Code of medical and sanitary regulations for the guidance of medical officers serving in the Madras Presidency - Volume II
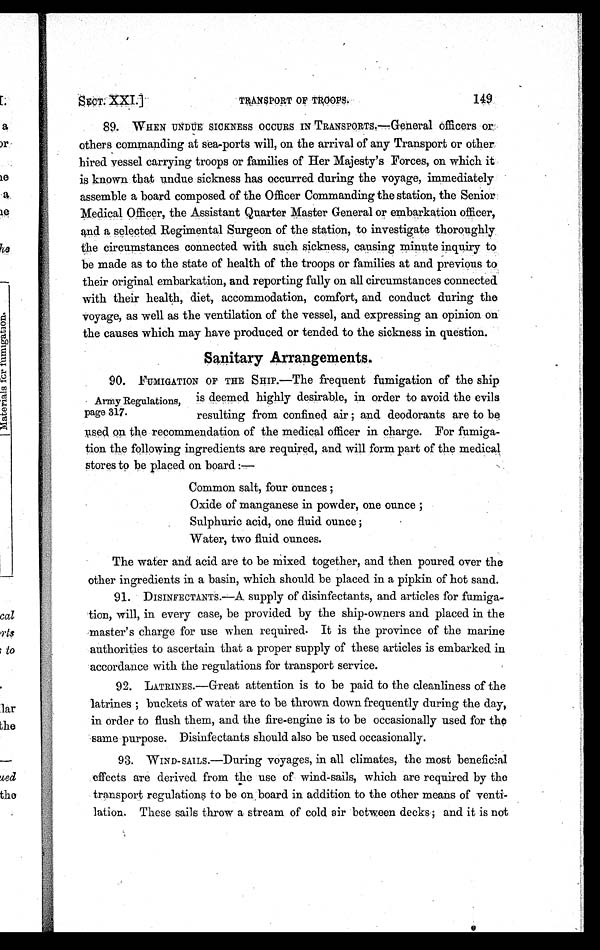
149
T R A N S P O R T O F T R O O P S .
SECT. XXI.]
89. WHEN UNDUE SICKNESS OCCURS IN TRANSPORTS.—General officers or
others commanding at sea-ports will, on the arrival of any Transport or other
hired vessel carrying troops or families of Her Majesty's Forces, on which it
is known that undue sickness has occurred during the voyage, immediately
assemble a board composed of the Officer Commanding the station, the Senior
Medical Officer, the Assistant Quarter Master General or embarkation officer,
and a selected Regimental Surgeon of the station, to investigate thoroughly
the circumstances connected with such sickness, causing minute inquiry to
be made as to the state of health of the troops or families at and previous to
their original embarkation, and reporting fully on all circumstances connected
with their health, diet, accommodation, comfort, and conduct during the
voyage, as well as the ventilation of the vessel, and expressing an opinion on
the causes which may have produced or tended to the sickness in question.
Sanitary Arrangements.
90. FUMIGATION OF THE SHIP.—The frequent fumigation of the ship
is deemed highly desirable, in order to avoid the evils
resulting from confined air; and deodorants are to be
used on the recommendation of the medical officer in charge. For fumiga-
tion the following ingredients are required, and will form part of the medical
stores to be placed on board :—
Common salt, four ounces;
Oxide of manganese in powder, one ounce;
Sulphuric acid, one fluid ounce;
Water, two fluid ounces.
The water and acid are to be mixed together, and then poured over the
other ingredients in a basin, which should be placed in a pipkin of hot sand.
91. DISINFECTANTS.—A supply of disinfectants, and articles for fumiga-
tion, will, in every case, be provided by the ship-owners and placed in the
master's charge for use when required. It is the province of the marine
authorities to ascertain that a proper supply of these articles is embarked in
accordance with the regulations for transport service.
92. LATRINES.—Great attention is to be paid to the cleanliness of the
latrines; buckets of water are to be thrown down frequently during the day,
in order to flush them, and the fire-engine is to be occasionally used for the
same purpose. Disinfectants should also be used occasionally.
93. WIND-SAILS.—During voyages, in all climates, the most beneficial
effects are derived from the use of wind-sails, which are required by the
transport regulations to be on board in addition to the other means of venti-
lation. These sails throw a stream of cold air between decks; and it is not
Army Regulations,
page 317.